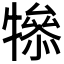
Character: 𤛤